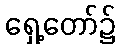
ရှေ့တော်၌